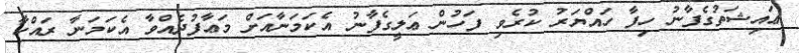
ޢައިޝަތުގެފާނު ހިފާ ހައްޔަރު ކުރެވި ފަހުން ޢަލީގެފާނު އެކަމަނާއަށް މަޢާފުދެއްވާ އެކަމަނާ ރައްކާ